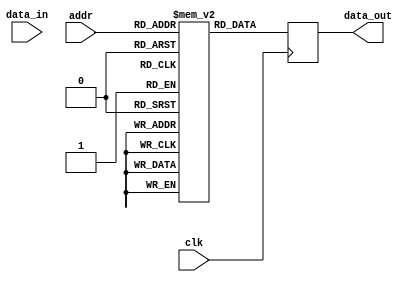
module IRAM (
    input clk,
    input [15:0] data_in,
    input [15:0] addr,
    output reg [15:0] data_out
);

    reg [15:0] ram[65535:0];

    parameter NOP   = 16'd41;
    parameter LDAC  = 16'd7 ;
    parameter STAC  = 16'd11 ;
    parameter MVACR  = 16'd15;
    parameter MVR   = 16'd16;
    parameter ADD   = 16'd17;
    parameter ADDM  = 16'd19;
    parameter INAC  = 16'd23;
    parameter SUB   = 16'd24;
    parameter MUL   = 16'd26;
    parameter MULM  = 16'd28;
    parameter CLAC  = 16'd32;
    parameter JUMP  = 16'd33;
    parameter JPNZ  = 16'd35;
    parameter ENDOP = 16'd40;
    parameter LDA   = 16'd45;
    parameter LDB   = 16'd51;
    parameter LDC   = 16'd57;
    parameter MVA   = 16'd16;
    parameter MVB   = 16'd42;
    parameter MVC   = 16'd43;
    parameter MVACC = 16'd44;
    parameter STC   = 16'd63;

    initial begin

        
        // ram[0] = LDAC;
        // ram[1] = 16'd2;
        // ram[2] = MVACR;  //TOTAL
        // ram[3] = LDAC;
        // ram[4] = 16'd4;
        // ram[5] = MUL;
        // ram[6] = STAC;
        // ram[7] = 16'd65400;
        // ram[8] = ENDOP;

        //assmebly code
        ram[0] = CLAC;
        ram[1] = STAC;
        ram[2] = 16'd6;
        ram[3] = LDAC;
        ram[4] = 16'd5;
        ram[5] = STAC;
        ram[6] = 16'd11;
        ram[7] = CLAC;
        ram[8] = STAC;
        ram[9] = 16'd7;
        ram[10] = CLAC;
        ram[11] = STAC;
        ram[12] = 16'd8;
        ram[13] = MVACC;
        ram[14] = LDAC;
        ram[15] = 16'd6;
        ram[16] = MVACR;
        ram[17] = LDAC;
        ram[18] = 16'd1;
        ram[19] = MUL;
        ram[20] = MVACR;
        ram[21] = LDAC;
        ram[22] = 16'd8;
        ram[23] = ADD;
        ram[24] = MVACR;
        ram[25] = LDAC;
        ram[26] = 16'd3;
        ram[27] = ADD;
        ram[28] = STAC;
        ram[29] = 16'd9;
        ram[30] = LDA;
        ram[31] = 16'd9;
        ram[32] = LDAC;
        ram[33] = 16'd8;
        ram[34] = MVACR;
        ram[35] = LDAC;
        ram[36] = 16'd2;
        ram[37] = MUL;
        ram[38] = MVACR;
        ram[39] = LDAC;
        ram[40] = 16'd7;
        ram[41] = ADD;
        ram[42] = MVACR;
        ram[43] = LDAC;
        ram[44] = 16'd4;
        ram[45] = ADD;
        ram[46] = STAC;
        ram[47] = 16'd10;
        ram[48] = LDB;
        ram[49] = 16'd10;
        ram[50] = MVA;
        ram[51] = MVACR;
        ram[52] = MVB;
        ram[53] = MUL;
        ram[54] = MVACR;
        ram[55] = MVC;
        ram[56] = ADD;
        ram[57] = MVACC;
        ram[58] = LDAC;
        ram[59] = 16'd1;
        ram[60] = MVACR;
        ram[61] = LDAC;
        ram[62] = 16'd8;
        ram[63] = INAC;
        ram[64] = STAC;
        ram[65] = 16'd8;
        ram[66] = SUB;
        ram[67] = JPNZ;
        ram[68] = 16'd14;
        ram[69] = STC;
        ram[70] = 16'd11;
        ram[71] = LDAC;
        ram[72] = 16'd11;
        ram[73] = INAC;
        ram[74] = STAC;
        ram[75] = 16'd11;
        ram[76] = LDAC;
        ram[77] = 16'd2;
        ram[78] = MVACR;
        ram[79] = LDAC;
        ram[80] = 16'd7;
        ram[81] = INAC;
        ram[82] = STAC;
        ram[83] = 16'd7;
        ram[84] = SUB;
        ram[85] = JPNZ;
        ram[86] = 16'd10;
        ram[87] = LDAC;
        ram[88] = 16'd0;
        ram[89] = MVACR;
        ram[90] = LDAC;
        ram[91] = 16'd6;
        ram[92] = INAC;
        ram[93] = STAC;
        ram[94] = 16'd6;
        ram[95] = SUB;
        ram[96] = JPNZ;
        ram[97] = 16'd7;
        ram[98] = ENDOP;




        // ram[0] = LDA;
        // ram[1] = 16'd2;
        // ram[2] = MVA;
        // ram[3] = LDB;
        // ram[4] = 16'd4;
        // ram[5] = MVB;
        // ram[6] = LDC;
        // ram[7] = 16'd6;
        // ram[8] = STC;
        // ram[9] = 16'd8;
        // ram[10] = LDAC;
        // ram[11] = 16'd5;
        // ram[12] = ENDOP;




        // ram[0] = CLAC;
        // ram[1] = STAC;
        // ram[2] = 16'd65400;  //TOTAL
        // ram[3] = STAC;
        // ram[4] = 16'd65401;     //i
        // ram[5] = LDAC;
        // ram[6] = 16'd65401;
        // ram[7] = INAC;
        // ram[8] = STAC;
        // ram[9] = 16'd65401;
        // ram[10] = MVACR;
        // ram[11] = LDAC;
        // ram[12]= 16'd65400;
        // ram[13]= ADD;
        // ram[14]= STAC;
        // ram[15]= 16'd65400;
        // ram[16]= LDAC;
        // ram[17]= 16'd65402;  //N
        // ram[18]= SUB;
        // ram[19]= JPNZ;
        // ram[20]= 16'd5;
        // ram[21]= LDAC;
        // ram[22]= 16'd65400;
        // ram[23]= STAC;
        // ram[24]= 16'd65405;
        // ram[25]= ENDOP;
        //...

        
    end

    always @(posedge clk) begin
        data_out <= ram[addr];
    end

endmodule